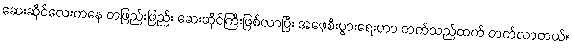
ဆေးဆိုင်လေးကနေ တဖြည်းဖြည်း ဆေးဆိုင်ကြီးဖြစ်လာပြီး အဖေ့စီးပွားရေးဟာ တက်သည်ထက် တက်လာတယ်။